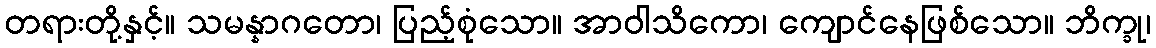
တရားတို့နှင့်။ သမန္နာဂတော၊ ပြည့်စုံသော။ အာဝါသိကော၊ ကျောင်နေဖြစ်သော။ ဘိက္ခု၊